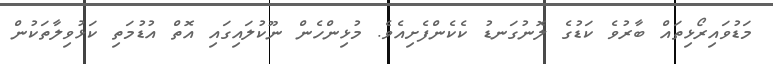
މަޑުވައިރޯޅިތައް ބާރުވެ ކަޑުގެ ލޮނުގަނޑު ކެކެންފެށިއެވެ. މުޅިންހެން ނޫކުލައިގައި އޮތް އުޑުމަތި ކަޅުވިލާތަކުން